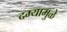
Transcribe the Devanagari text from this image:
दम्यामुळे